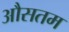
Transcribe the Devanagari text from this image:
औसतम